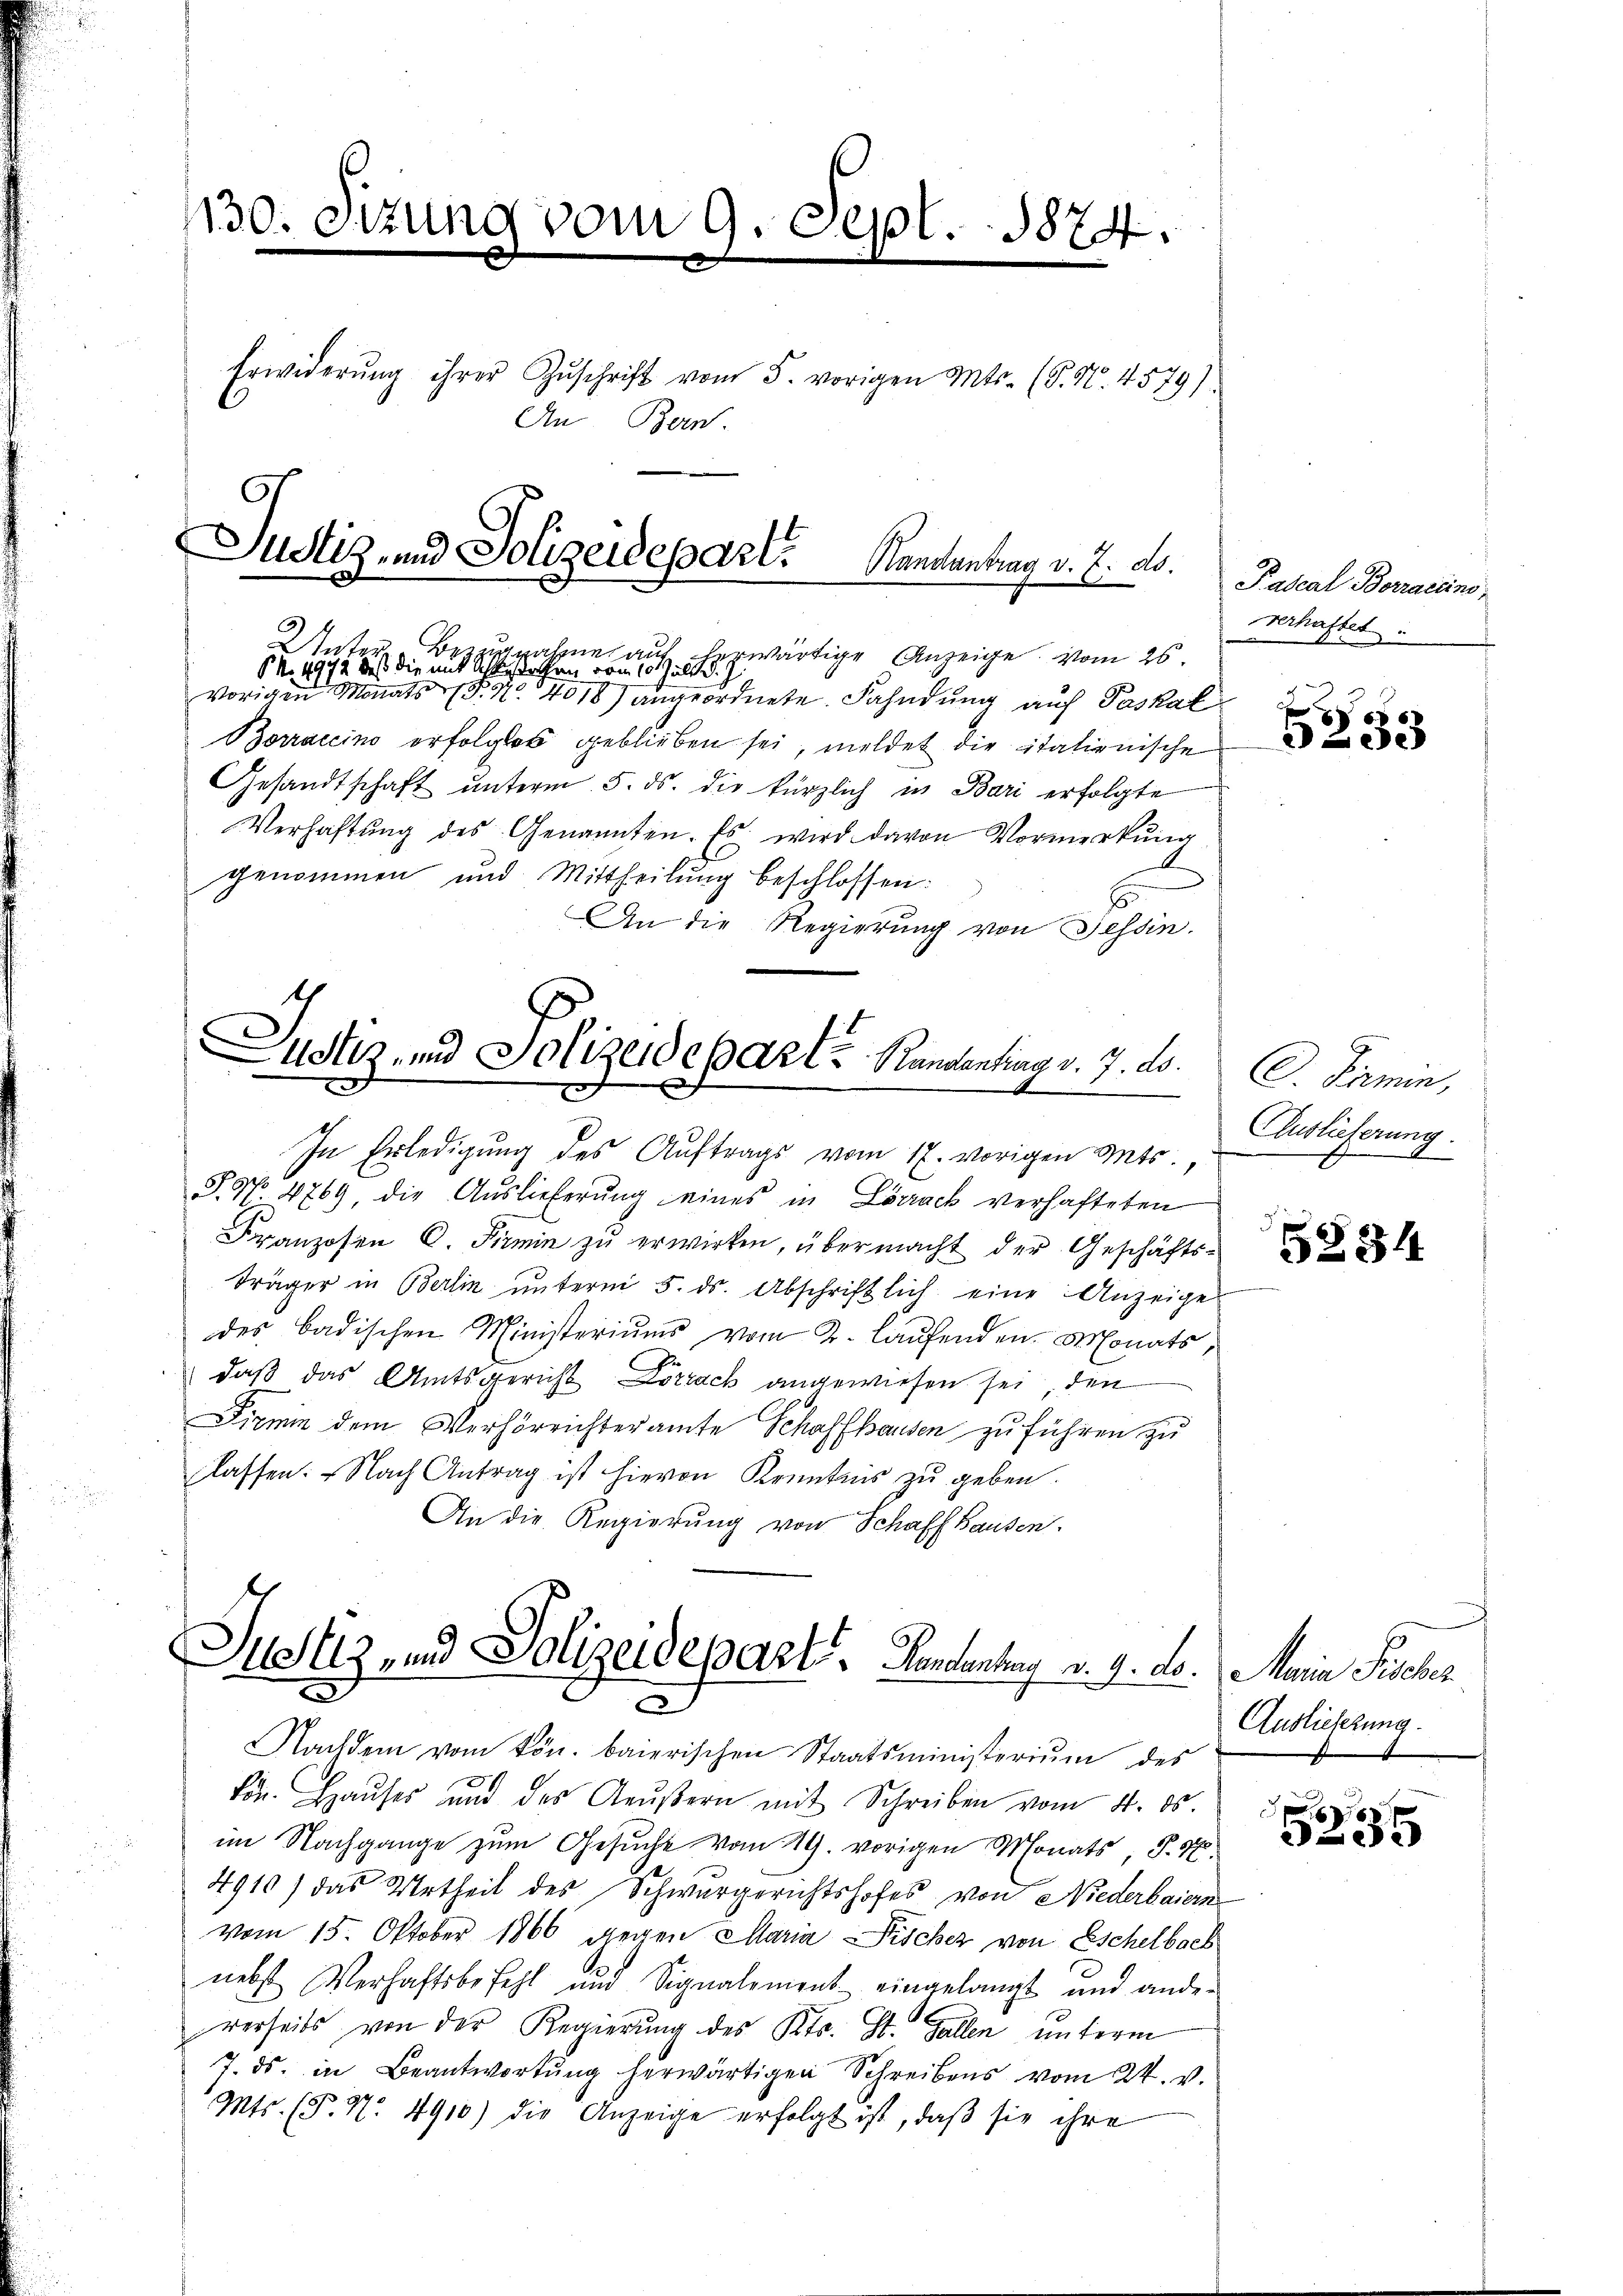
130. Sitzung vom 9. Sept. 1874.
Erwiderŭng ihrer Zŭschrift vom 5. vorigen Mts. (T. N. 4579).
An
dern

Justiz- und Polizeidepart. Mandantrag v. J. A.
Unter
Bezugnahme auf
erwärtige Anzeige vom 26.
P. Nr. 4972, daß die mit Ackerstaten vom 10. Juli d.
vorigen Monats (S. Nr. 4018) angeordnete Fahndung auf Paskal¬

Borraccino erfolglos geblieben sei, meldet die italienische
Gesandtschaft ŭnterm 5. ds. die kürzlich in Bari erfolgte
Verhaltŭng des Genannten. Es wird davon Vormerkung
genommen und Mittheilung beschlossen:
An die Regierung von Tessin.

ustiz- und Polizeideparte Randentrag v. 7. ds.
In Erledigung des Auftrags vom 17. vorigen Mts.,

T. S. 4769, die Auslieferung eines in Lörrack verhafteten
Franzosen C. Pirmin zu erwirken, übermacht der Geschäfts-
träger in Berlin ŭnterm 5. ds. Abschriftlich eine Anzeige
des badischen Ministeriums vom 2. laufenden Monats,
daß das Amtsgericht Lörrach angewiesen sei, den
Dirmin dem Verhörrichteramte Schaffhausen zu führen zu
lassen. Nach Antrag ist hievon Kenntnis zu geben.
An die Regierung von Schaffhausen.

Justiz- und Polizeidepart. Handenhang v. 9. ds.
x

Nachdem vom kön. baierischen Staatsministerium des
von. Hauses und des Aeußern mit Schreiben vom 4. ds.
im Nachgange zum Gesuche vom 19. vorigen Monats, S. 4
491) das Urtheil des Schwurgerichtshofes von Niederbaiern
vom 15. Oktober 1866 gegen Maria Fischez von Eschelbach
nebst Verhaftsbefehl und Signalement eingelangt und ander
verseits von der Regierŭng des Kts. St. Gallen unterm
7. ds. in Beantwortŭng herwärtigen Schreibens vom 24. v.
Mts. (T. N. 4910) die Anzeige erfolgt ist, daß sie ihre

Pascal Berraccins,
verhaftet.

5253

C. Kamin,
Auslieferung.

5834

Maria Fischer
Auslieferung.

6
e